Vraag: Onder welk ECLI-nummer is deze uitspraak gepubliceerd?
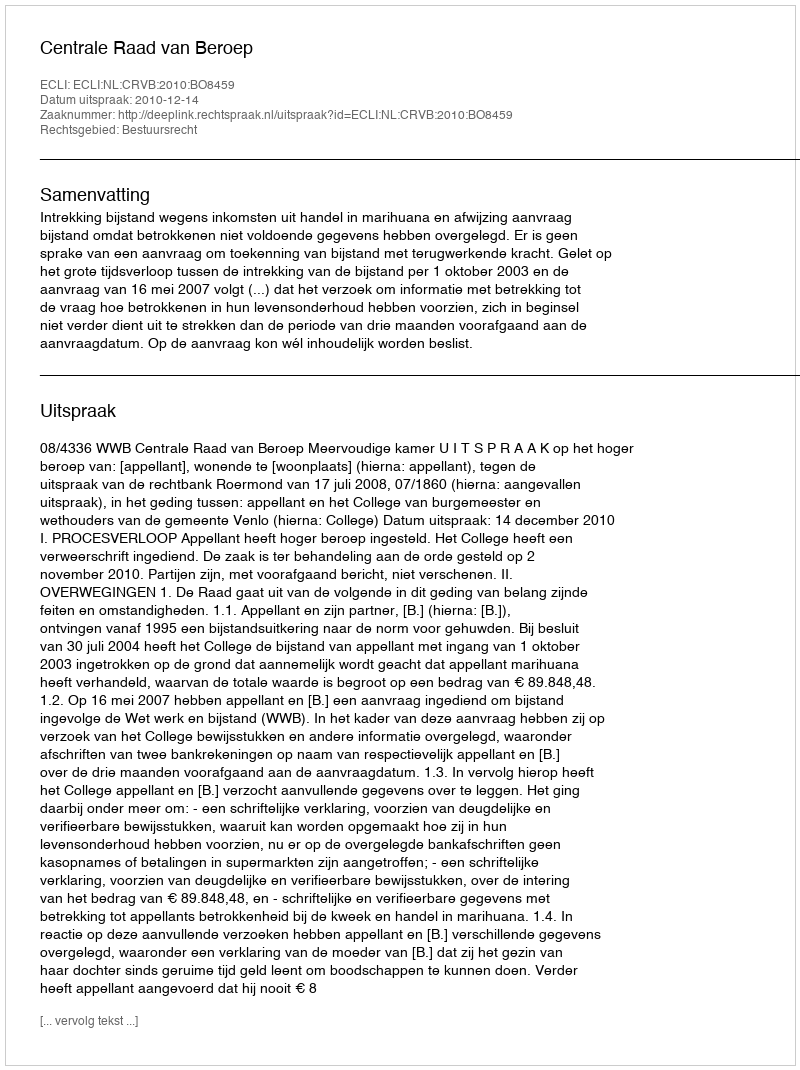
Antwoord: ECLI:NL:CRVB:2010:BO8459